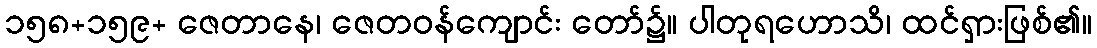
၁၅၈+၁၅၉+ ဇေတာနေ၊ ဇေတဝန်ကျောင်း တော်၌။ ပါတုရဟောသိ၊ ထင်ရှားဖြစ်၏။